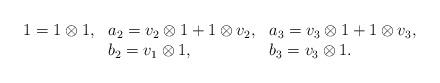
LaTeX: \begin{align*}\begin{array}{lll}1 =1\otimes 1, & a_2=v_2\otimes 1 + 1\otimes v_2, & a_3=v_3\otimes 1 + 1\otimes v_3,\\& b_2=v_1\otimes1, & b_3=v_3\otimes 1.\end{array}\end{align*}